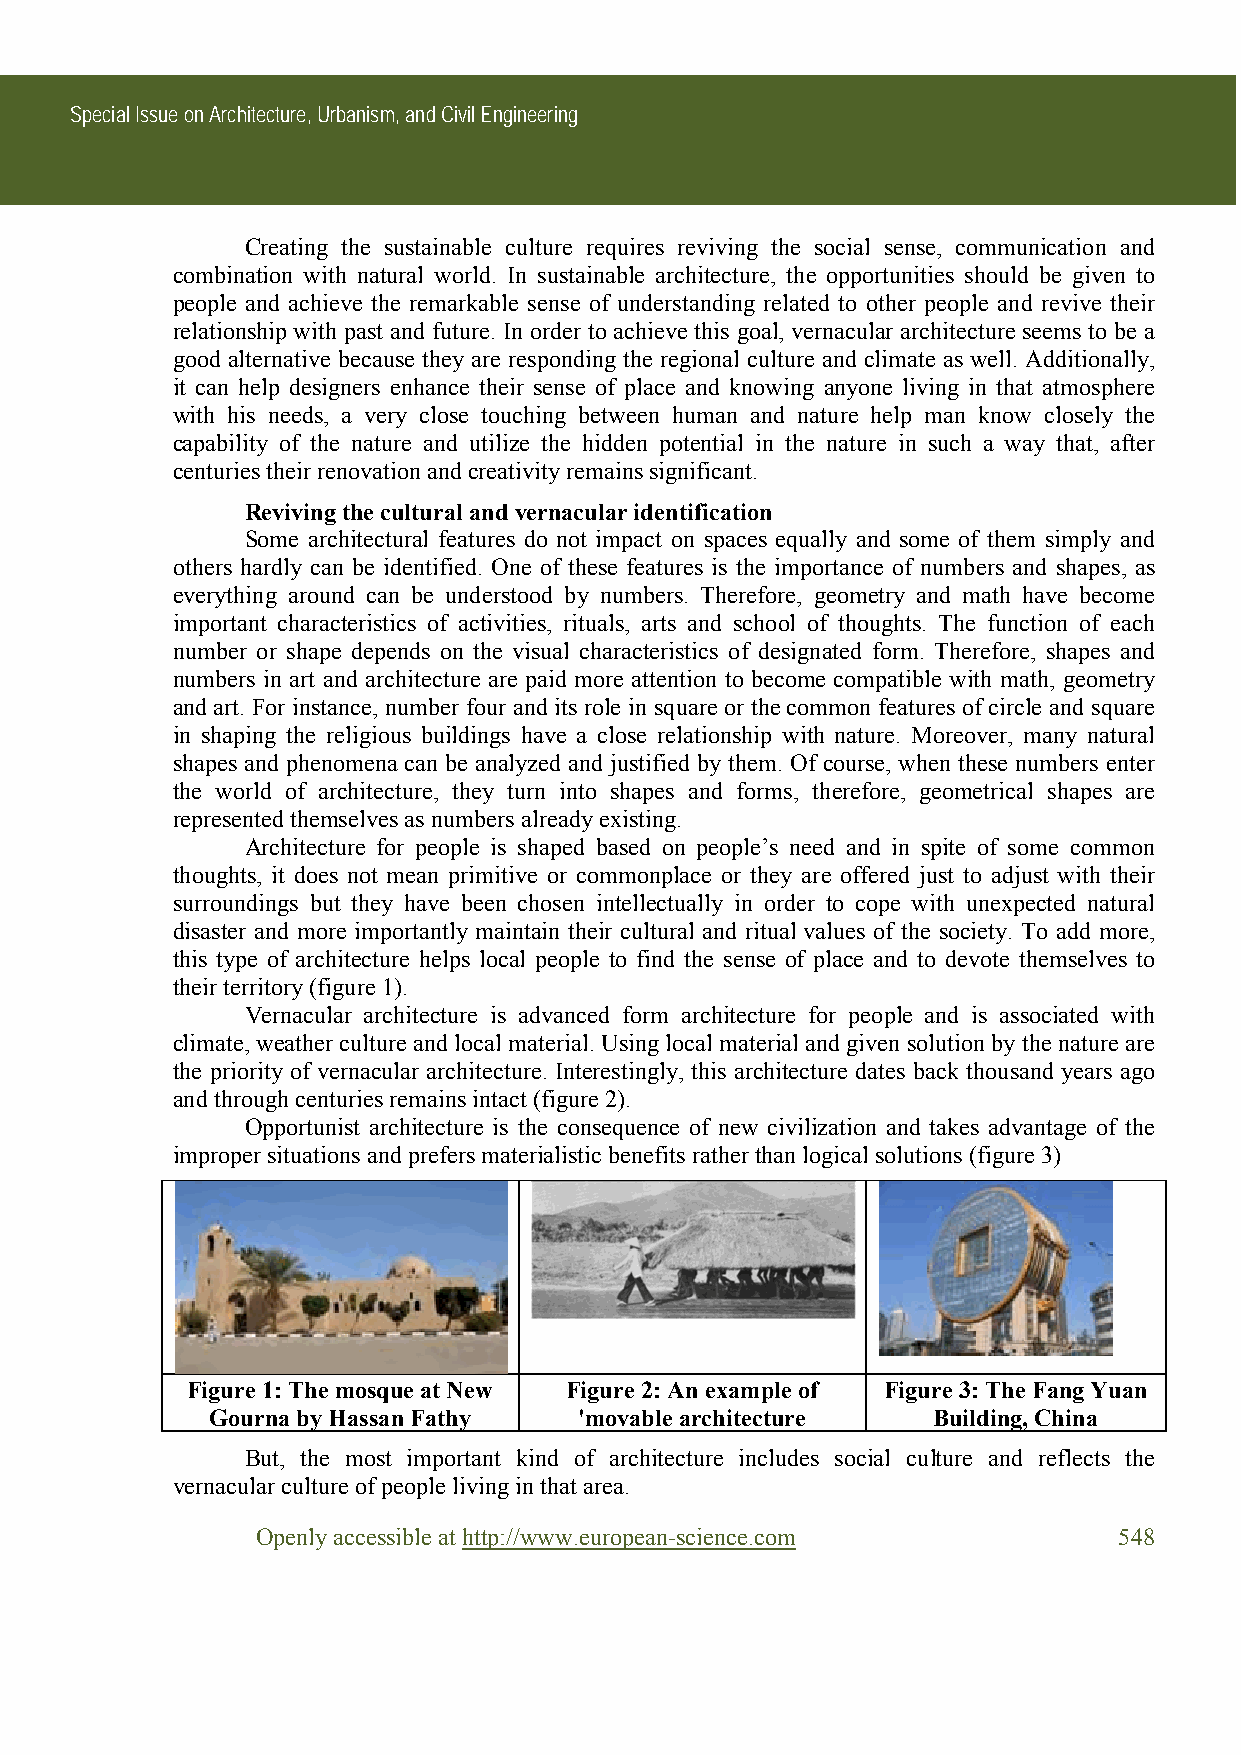
Special Issue on Architecture, Urbanism, and Civil Engineering
 Creating the sustainable culture requires reviving the social sense, communication and
 combination with natural world. In sustainable architecture, the opportunities should be given to
 people and achieve the remarkable sense of understanding related to other people and revive their
 relationship with past and future. In order to achieve this goal, vernacular architecture seems to be a
 good alternative because they are responding the regional culture and climate as well. Additionally,
 it can help designers enhance their sense of place and knowing anyone living in that atmosphere
 with his needs, a very close touching between human and nature help man know closely the
 capability of the nature and utilize the hidden potential in the nature in such a way that, after
 centuries their renovation and creativity remains significant.
 Reviving the cultural and vernacular identification
 Some architectural features do not impact on spaces equally and some of them simply and
 others hardly can be identified. One of these features is the importance of numbers and shapes, as
 everything around can be understood by numbers. Therefore, geometry and math have become
 important characteristics of activities, rituals, arts and school of thoughts. The function of each
 number or shape depends on the visual characteristics of designated form. Therefore, shapes and
 numbers in art and architecture are paid more attention to become compatible with math, geometry
 and art. For instance, number four and its role in square or the common features of circle and square
 in shaping the religious buildings have a close relationship with nature. Moreover, many natural
 shapes and phenomena can be analyzed and justified by them. Of course, when these numbers enter
 the world of architecture, they turn into shapes and forms, therefore, geometrical shapes are
 represented themselves as numbers already existing.
 Architecture for people is shaped based on people’s need and in spite of some common
 thoughts, it does not mean primitive or commonplace or they are offered just to adjust with their
 surroundings but they have been chosen intellectually in order to cope with unexpected natural
 disaster and more importantly maintain their cultural and ritual values of the society. To add more,
 this type of architecture helps local people to find the sense of place and to devote themselves to
 their territory (figure 1).
 Vernacular architecture is advanced form architecture for people and is associated with
 climate, weather culture and local material. Using local material and given solution by the nature are
 the priority of vernacular architecture. Interestingly, this architecture dates back thousand years ago
 and through centuries remains intact (figure 2).
 Opportunist architecture is the consequence of new civilization and takes advantage of the
 improper situations and prefers materialistic benefits rather than logical solutions (figure 3)
 Figure 1: The mosque at New Figure 2: An example of Figure 3: The Fang Yuan
 Gourna by Hassan Fathy  'movable architecture   Building, China
 But, the most important kind of architecture includes social culture and reflects the
 vernacular culture of people living in that area.
 Openly accessible at http://www.european-science.com     548